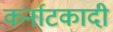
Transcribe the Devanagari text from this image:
कर्नाटकादी